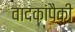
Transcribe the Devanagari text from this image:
वादकांपैकी